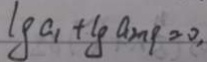
1 g c _ { 1 } + 1 g a m 9 = 0 ,